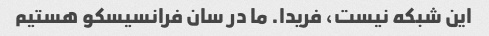
این شبکه نیست، فریدا. ما در سان فرانسیسکو هستیم